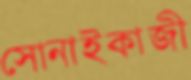
সোনাইকাজী